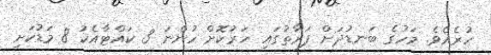
ހުރެއެވެ. މަހުގެ ބަނޑުދަށް ފަރާތުގައި ހަރުކޮށް ހުންނަ 3 ކައްޓާއެކު 8 މަޑުކަށި